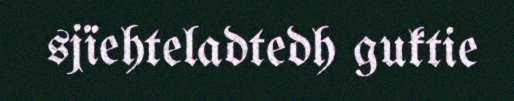
sjïehteladtedh guktie